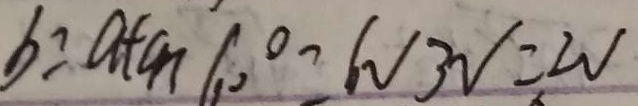
b = a + c n 6 0 ^ { \circ } - 6 V _ { 3 V } = 2 V